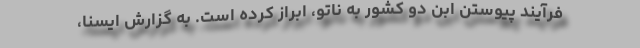
فرآیند پیوستن ابن دو کشور به ناتو، ابراز کرده است. به گزارش ایسنا،